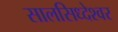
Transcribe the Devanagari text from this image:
सालसिध्‍देश्‍वर